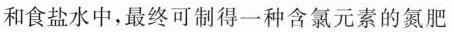
和食盐水中，最终可制得一种含氯元素的氮肥